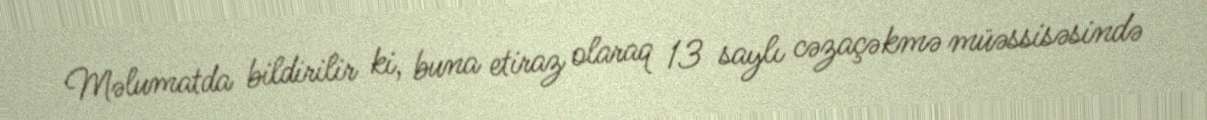
Məlumatda bildirilir ki, buna etiraz olaraq 13 saylı cəzaçəkmə müəssisəsində